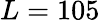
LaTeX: L=105